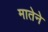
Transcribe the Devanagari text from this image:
मातेने